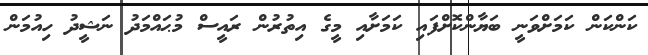
ކަންކަން ކަމަށްވަނީ ބަޔާންކޮށްފައި ކަމަށާއި މީގެ އިތުރުން ރައީސް މުޙައްމަދު ނަޝީދު ހިއުމަން